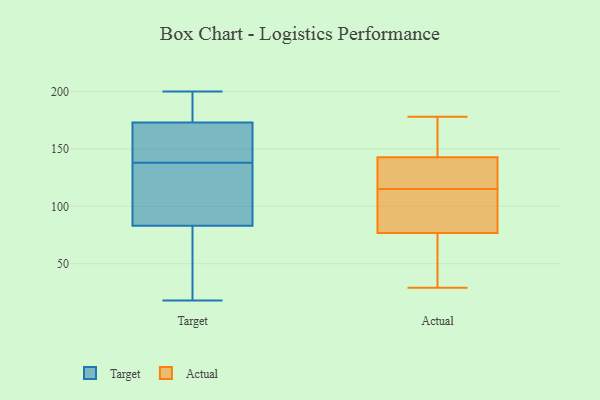
{"axis": {"x": "Active Users", "y": "Value"}, "legend": ["Actual", "Target"], "data": [{"x": "", "y": 166, "type": "Target"}, {"x": "", "y": 138, "type": "Target"}, {"x": "", "y": 18, "type": "Target"}, {"x": "", "y": 173, "type": "Target"}, {"x": "", "y": 138, "type": "Target"}, {"x": "", "y": 120, "type": "Target"}, {"x": "", "y": 101, "type": "Target"}, {"x": "", "y": 82, "type": "Target"}, {"x": "", "y": 78, "type": "Target"}, {"x": "", "y": 200, "type": "Target"}, {"x": "", "y": 173, "type": "Target"}, {"x": "", "y": 150, "type": "Target"}, {"x": "", "y": 83, "type": "Target"}, {"x": "", "y": 195, "type": "Target"}, {"x": "", "y": 113, "type": "Actual"}, {"x": "", "y": 115, "type": "Actual"}, {"x": "", "y": 129, "type": "Actual"}, {"x": "", "y": 50, "type": "Actual"}, {"x": "", "y": 76, "type": "Actual"}, {"x": "", "y": 86, "type": "Actual"}, {"x": "", "y": 133, "type": "Actual"}, {"x": "", "y": 95, "type": "Actual"}, {"x": "", "y": 130, "type": "Actual"}, {"x": "", "y": 29, "type": "Actual"}, {"x": "", "y": 142, "type": "Actual"}, {"x": "", "y": 77, "type": "Actual"}, {"x": "", "y": 145, "type": "Actual"}, {"x": "", "y": 178, "type": "Actual"}, {"x": "", "y": 48, "type": "Actual"}, {"x": "", "y": 169, "type": "Actual"}, {"x": "", "y": 161, "type": "Actual"}]}